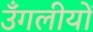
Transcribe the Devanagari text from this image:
उँगलीयों